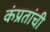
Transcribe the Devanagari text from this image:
कंप्रतांची